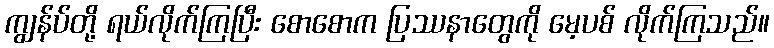
ကျွန်ပ်တို့ ရယ်လိုက်ကြပြီး စောစောက ပြဿနာတွေကို မေ့ပစ် လိုက်ကြသည်။